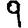
Digit: 9